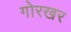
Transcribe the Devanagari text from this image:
गोरखर